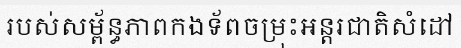
របស់សម្ព័ន្ធភាពកងទ័ពចម្រុះអន្តរជាតិសំដៅ